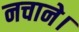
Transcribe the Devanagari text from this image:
नचाने।